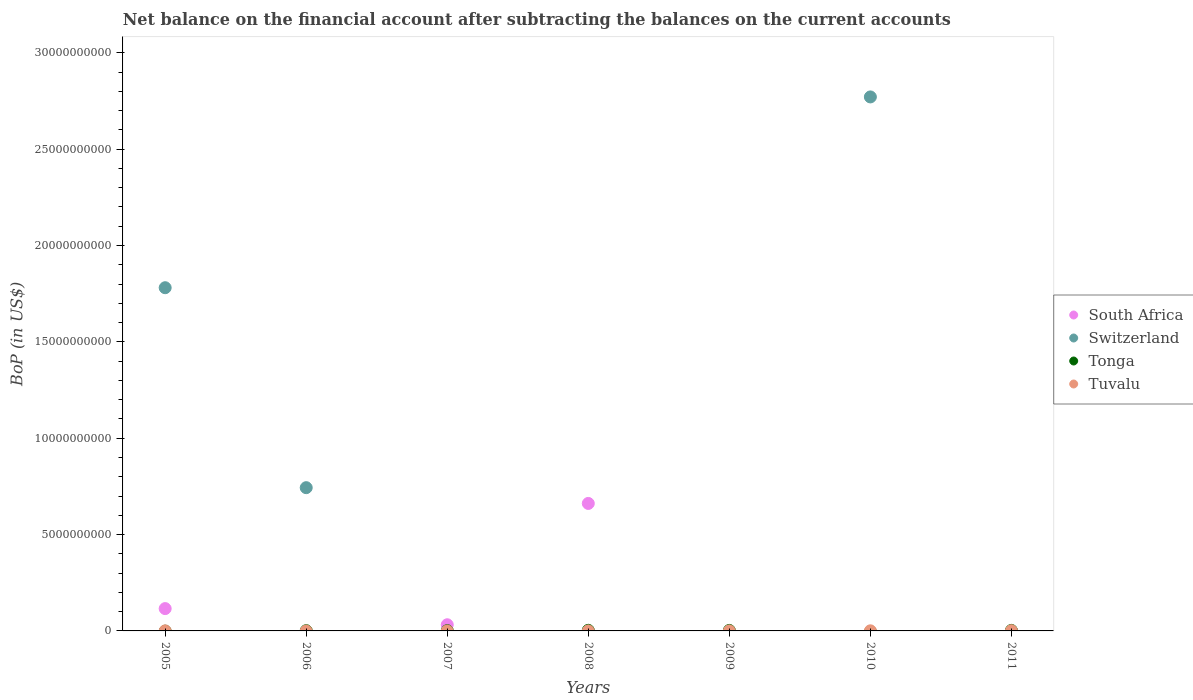
| Years | South Africa | Switzerland | Tonga | Tuvalu |
 | --- | --- | --- | --- | --- |
 | 2005 | 1.16e+09 | 1.78e+10 | -1.16e+07 | 2.27e+06 |
 | 2006 | -3.87e+08 | 7.43e+09 | 1.19e+07 | -3.22e+06 |
 | 2007 | 3.2e+08 | -1.01e+10 | 1.37e+07 | -2.95e+06 |
 | 2008 | 6.62e+09 | -1.24e+10 | 3.14e+07 | 6.64e+05 |
 | 2009 | -6.5e+09 | -3.49e+10 | 2.58e+07 | 1.93e+06 |
 | 2010 | -2.05e+09 | 2.77e+10 | -4.29e+07 | 5.42e+06 |
 | 2011 | -1.28e+07 | -1.08e+10 | 2.61e+07 | 1.17e+07 |